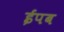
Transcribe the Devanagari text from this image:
ईपब